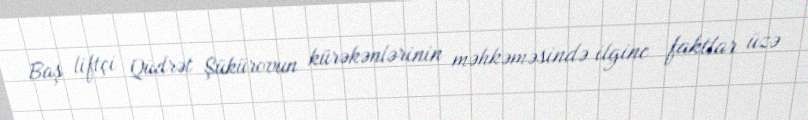
Baş liftçi Qüdrət Şükürovun kürəkənlərinin məhkəməsində ilginc faktlar üzə